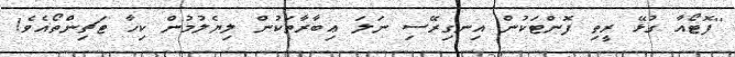
''ފޮޓޯއާ ގުޅޭ ރީތި ފޮންޓަކުން އިނގިރޭސި ނަލަ ޢިބާރާތަކުން ލިޔެލުމުން ކިހާ ޓަޗިންތޯއެވެ!